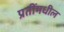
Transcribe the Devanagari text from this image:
प्रतींमधील